Document type: Sale
Year: 1439
Scribe: Arnau d'Illes
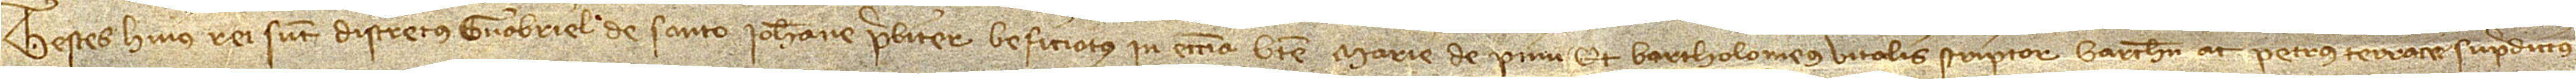
Testes huius rei sunt: discretus Guabriel de Santo Iohanne, prebiter be(ne)ficiatus in ecclesia Beate Marie de Pinu, et Bartholomeus Vitalis, scriptor Barchinone, ac Petrus Terrace supradictus.